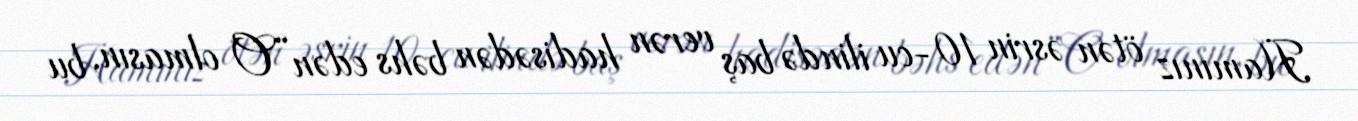
Hamınız ötən əsrin 10-cu ilində baş verən hadisədən bəhs edən “O olmasın, bu